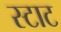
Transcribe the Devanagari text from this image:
स्टाट